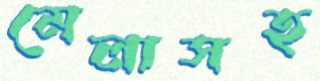
মেলাসহ